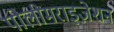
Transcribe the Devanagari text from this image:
पोलीमराइज़ेशन